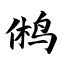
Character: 鸺